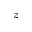
z